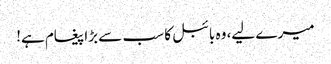
میرے لیے، وہ بائبل کا سب سے بڑا پیغام ہے!